Scottish Certificate of Education, 1962
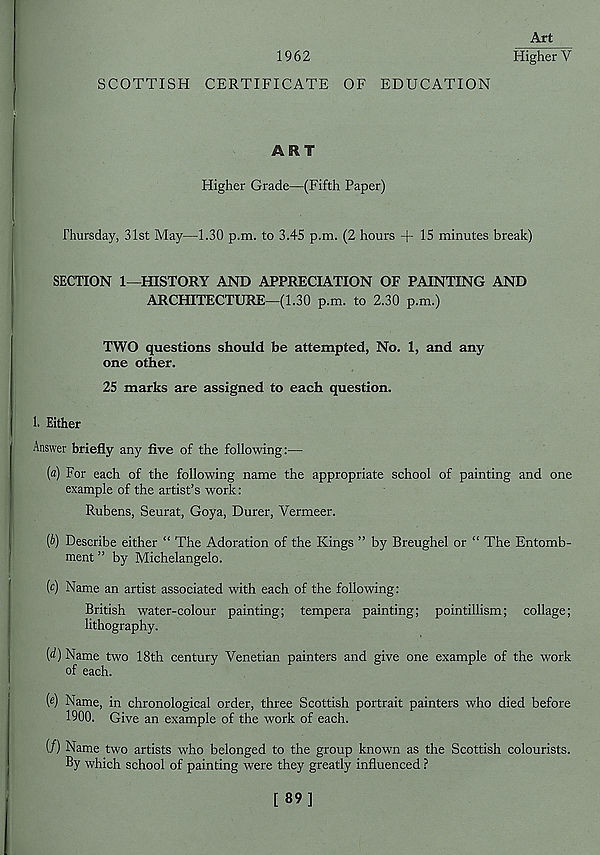
1962
Art
Higher V
SCOTTISH CERTIFICATE OF EDUCATION
ART
Higher Grade—(Fifth Paper)
Thursday, 31st May—1.30 p.m. to 3.45 p.m. (2 hours + 15 minutes break)
SECTION 1—HISTORY AND APPRECIATION OF PAINTING AND
ARCHITECTURE—(1.30 p.m. to 2.30 p.m.)
TWO questions should be attempted, No. 1, and any
one other.
25 marks are assigned to each question.
1. Either
Answer briefly any five of the following:—
(a) For each of the following name the appropriate school of painting and one
example of the artist’s work:
Rubens, Seurat, Goya, Durer, Vermeer.
(b) Describe either “ The Adoration of the Kings ” by Breughel or “ The Entomb-
ment ” by Michelangelo.
(c) Name an artist associated with each of the following:
British water-colour painting; tempera painting; pointillism; collage;
lithography.
(d) Name two 18th century Venetian painters and give one example of the work
of each.
( e ) Name, in chronological order, three Scottish portrait painters who died before
1900. Give an example of the work of each.
(/) Name two artists who belonged to the group known as the Scottish colourists.
By which school of painting were they greatly influenced ?
[89]